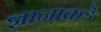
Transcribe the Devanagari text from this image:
ज्ञानाकडे